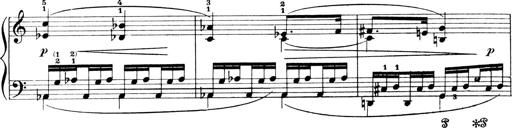
Title: 4 Sonatines
Composer: Max Reger